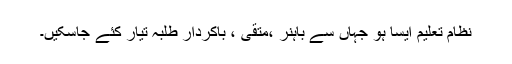
نظام تعلیم ایسا ہو جہاں سے باہنر ،متقی ، باکردار طلبہ تیار کئے جاسکیں۔